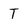
Character: T